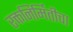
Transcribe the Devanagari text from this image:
रक्तनिर्मितीचा